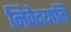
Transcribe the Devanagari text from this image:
निवेदयामि